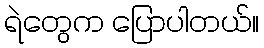
ရဲတွေက ပြောပါတယ်။